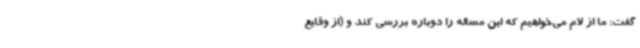
گفت: ما از لام می‌خواهیم که این مساله را دوباره بررسی کند و (از وقایع